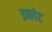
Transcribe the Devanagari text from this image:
डब्लेट